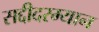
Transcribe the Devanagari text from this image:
सद्दीदरम्यान